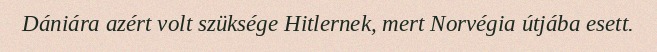
Dániára azért volt szüksége Hitlernek, mert Norvégia útjába esett.